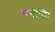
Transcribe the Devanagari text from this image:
संगीति।